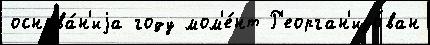
основа́н'иjа году мом'е́нт Р'еорган'изо́ван